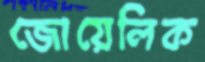
জোয়েলিক